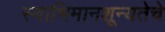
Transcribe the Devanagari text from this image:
स्वाभिमानशून्यतेचे